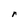
Character: r